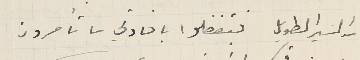
من السير الطويل فتفضلوا بافادتي ما تأمرون